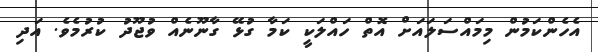
އެހެންކަމުން މިމައްސަލައަށް އޮތް ހައްލަކީ ކަމާ ގުޅޭ ގާނޫނެއް ވުޖޫދު ކުރުމެވެ. އަދި